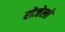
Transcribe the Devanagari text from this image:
रोजेलो